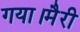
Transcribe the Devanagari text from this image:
गया।मैरी